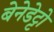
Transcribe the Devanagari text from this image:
बेनेडेट्टो